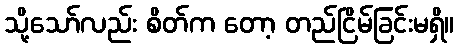
သို့သော်လည်း စိတ်က တော့ တည်ငြိမ်ခြင်းမရှိ။